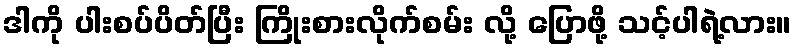
ဒါကို ပါးစပ်ပိတ်ပြီး ကြိုးစားလိုက်စမ်း လို့ ပြောဖို့ သင့်ပါရဲ့လား။